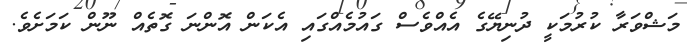
މަޝްވަރާ ކުރުމަކީ ދުނިޔޭގެ އެއްވެސް ގައުމެއްގައި އެކަން އޮންނަ ގޮތެއް ނޫން ކަމަށެވެ.